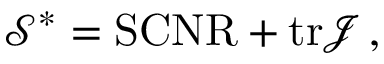
\begin{array} { r } { \mathcal { S } ^ { * } = \mathrm { S C N R } + \mathrm { t r } \mathcal { J } \, , } \end{array}